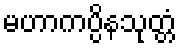
မဟာကပ္ပိနသုတ္တံ